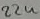
Text: 22u